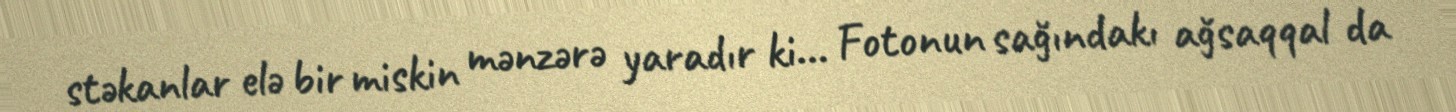
stəkanlar elə bir miskin mənzərə yaradır ki... Fotonun sağındakı ağsaqqal da